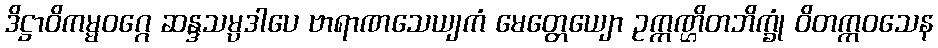
ဒိဋ္ဌာဝိကမ္မဝဂ္ဂေ ဆန္ဒသမ္ပဒါပေ ဗာရာဏသေယျကံ မေတ္တေယျော ဥက္ကဏ္ဌိတဘိက္ခုံ ဝိတက္ကဝသေန